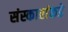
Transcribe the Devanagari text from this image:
संस्कारांकडे